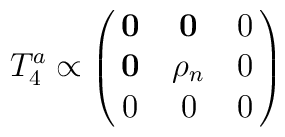
T^a_4 \propto \pmatrix{ {\bf 0}&{\bf 0}&0\cr                       {\bf 0}&{\bf \rho}_n&0\cr                       0&0&0\cr }